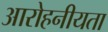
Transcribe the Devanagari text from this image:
आरोहनीयता